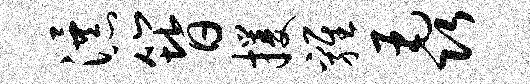
瀑簪攫鸡毳